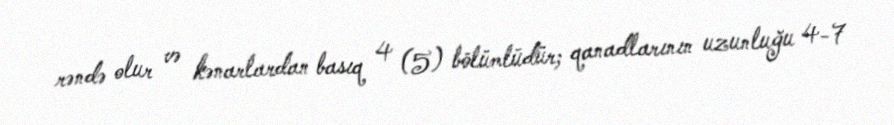
rəndə olur və kənarlardan basıq 4 (5) bölümlüdür; qanadlarının uzunluğu 4-7